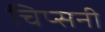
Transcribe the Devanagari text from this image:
चिप्सनी